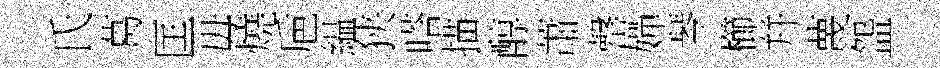
氏葛匡毋燒巵緼狭嗒描醇蕭罄嬋琴櫛幷蔑盌